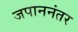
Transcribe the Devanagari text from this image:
जपाननंतर